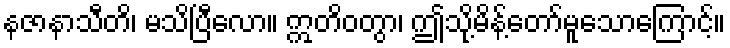
နဇာနာသီတိ၊ မသိပြီလော။ ဣတိဝတွာ၊ ဤသို့မိန့်တော်မူသောကြောင့်။